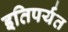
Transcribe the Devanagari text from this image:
इतिपर्यंत